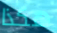
هكذا